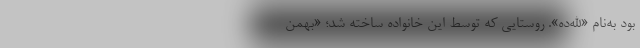
بود به‌نام «الله‌ده». روستایی که توسط این خانواده ساخته شد؛ «بهمن